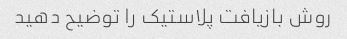
روش بازیافت پلاستیک را توضیح دهید